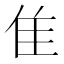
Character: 隹